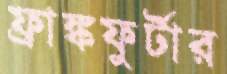
ফ্রাঙ্কফুর্টার